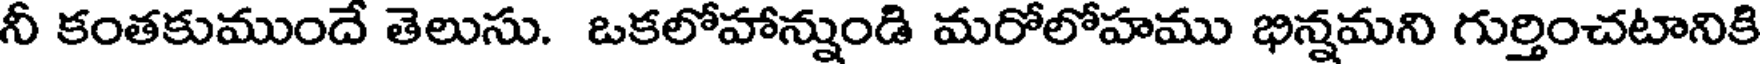
నీ కంతకుముందే తెలుసు. ఒకలోహాన్నుండి మరోలోహము భిన్నమని గుర్తించటానికి